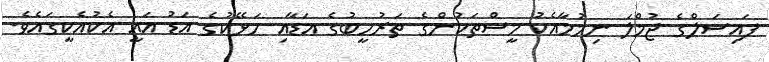
ފައިސަލްގެ ޖުމްލަ ނިމުމާއެކު މީސްތަކުންގެ ތަރުހީބުގެ އަޑާއި ހަޅޭކުގެ އަޑު އައީ އެކުއެކީގައެވެ.